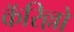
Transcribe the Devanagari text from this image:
कॅरिल्लो